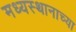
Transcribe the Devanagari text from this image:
मध्यस्थानाच्या